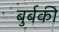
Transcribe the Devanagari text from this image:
बुर्बकी